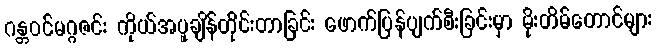
ဂန္တဝင်မဂ္ဂဇင်း ကိုယ်အပူချိန်တိုင်းတာခြင်း ဖောက်ပြန်ပျက်စီးခြင်းမှာ မိုးတိမ်တောင်များ